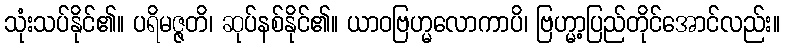
သုံးသပ်နိုင်၏။ ပရိမဇ္ဇတိ၊ ဆုပ်နစ်နိုင်၏။ ယာဝဗြဟ္မလောကာပိ၊ ဗြဟ္မာ့ပြည်တိုင်အောင်လည်း။